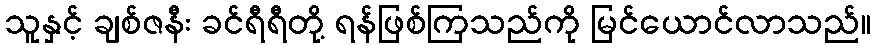
သူနှင့် ချစ်ဇနီး ခင်ရီရီတို့ ရန်ဖြစ်ကြသည်ကို မြင်ယောင်လာသည်။